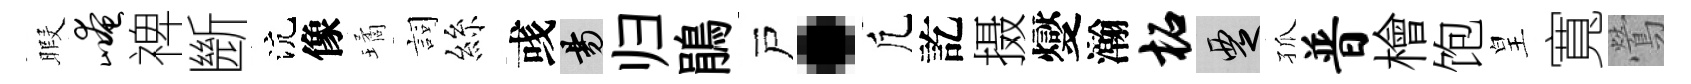
暇崦禆㫁沆像璚詞絲彧昜归鵑戸·凢訖摄燮瀚柘覂孤普檜饱皇寬鶯